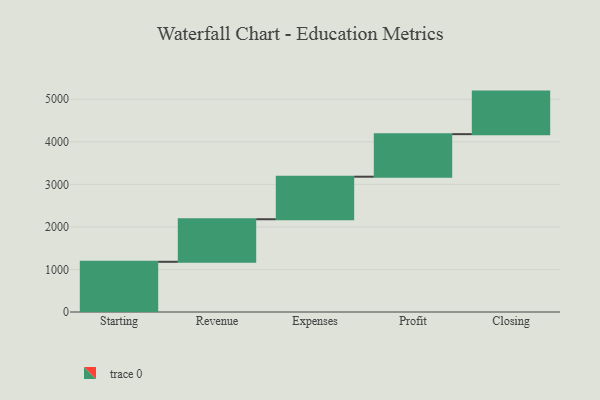
{"axis": {"x": "Step", "y": "Value"}, "legend": [""], "data": [{"x": "Starting", "y": 1180.0, "type": ""}, {"x": "Revenue", "y": 1000, "type": ""}, {"x": "Expenses", "y": 1000, "type": ""}, {"x": "Profit", "y": 1000, "type": ""}, {"x": "Closing", "y": 1000, "type": ""}]}